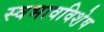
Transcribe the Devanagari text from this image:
स्वभावविशे़ष